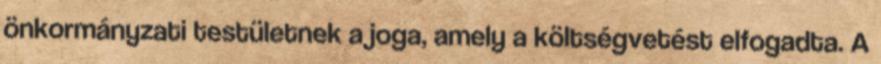
önkormányzati testületnek a joga, amely a költségvetést elfogadta. A